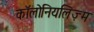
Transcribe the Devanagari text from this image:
कॉलोनियलिज़्म